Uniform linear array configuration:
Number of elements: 8
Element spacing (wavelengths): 0.5
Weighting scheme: cosine
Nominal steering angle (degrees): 45
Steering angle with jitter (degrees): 46.788
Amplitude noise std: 0.05
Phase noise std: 0.05

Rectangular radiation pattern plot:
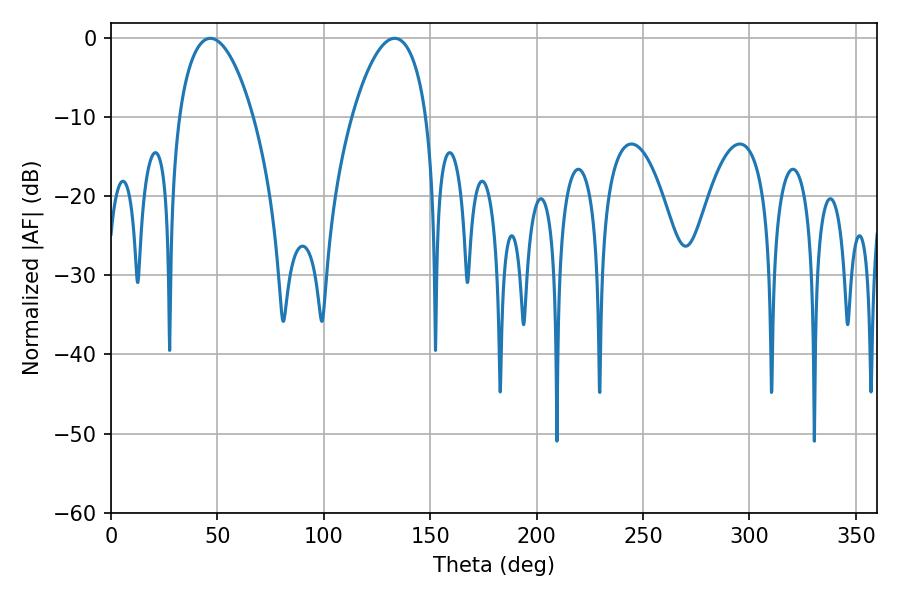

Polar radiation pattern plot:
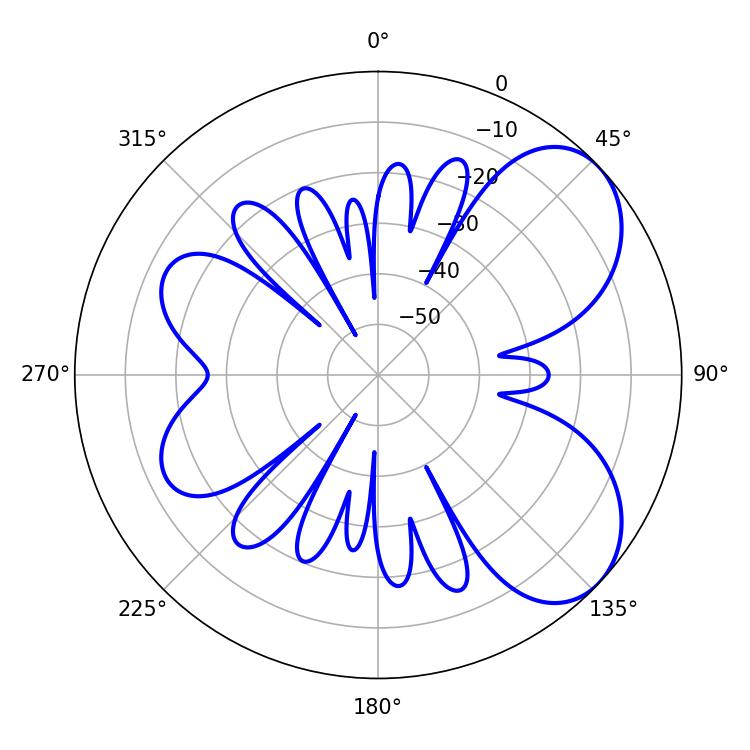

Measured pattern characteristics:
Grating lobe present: FALSE
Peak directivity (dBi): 5.984
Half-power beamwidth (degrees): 19.62
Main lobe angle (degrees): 46.62